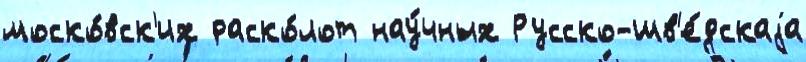
моско́вск'их раско́лот нау́чных Русско-шв'е́дскаjа